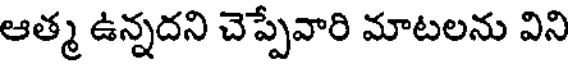
ఆత్మ ఉన్నదని చెప్పేవారి మాటలను విని